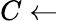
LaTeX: C\leftarrow